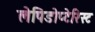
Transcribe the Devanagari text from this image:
लेपिडोप्टेरिस्ट